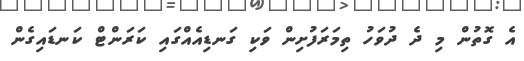
އެ ގޮތުން މި ދެ ދުވަހު ތިމަރަފުށިން ވަކި ގަނޑިއެއްގައި ކަރަންޓް ކަނޑައިގެން